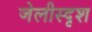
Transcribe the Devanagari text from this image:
जेलीस्दृश